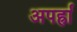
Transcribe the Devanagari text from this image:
अपर्ह्रा